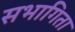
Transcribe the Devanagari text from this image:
सभागिता